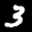
Label: 3